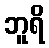
ဘူရိ